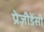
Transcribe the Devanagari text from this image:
प्रेज़ीडेंसी